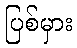
ပြစ်မှား